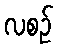
လစဉ်